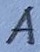
Text: A